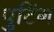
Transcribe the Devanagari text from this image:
पुटिंग